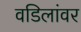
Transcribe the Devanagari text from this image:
वडिलांवर